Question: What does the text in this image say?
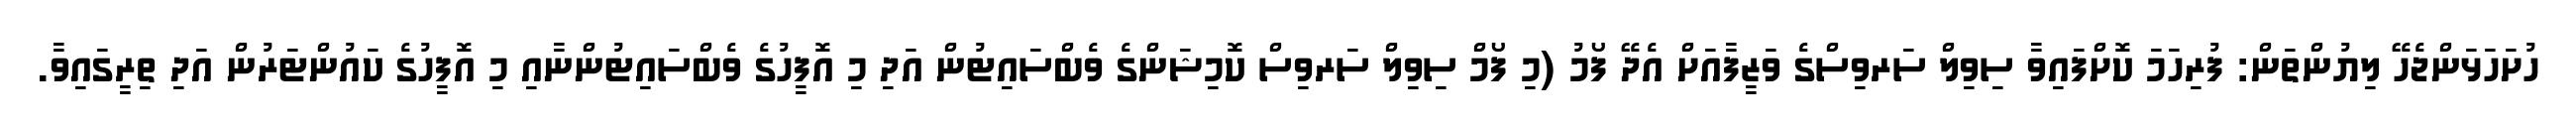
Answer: ހުށަހަޅަންޖެހޭ ލިޔުންތަން: ފުރިހަމަ ކޮށްފައިވާ ސިވިލް ސަރވިސްގެ ވަޒީފާއަށް އެދޭ ފޯމު (މި ފޯމް ސިވިލް ސަރވިސް ކޮމިޝަންގެ ވެބްސައިޓުން އަދި މި އޮފީހުގެ ވެބްސައިޓުންނާއި މި އޮފީހުގެ ކައުންޓަރުން އަދި ތިރީގައިވާ.